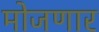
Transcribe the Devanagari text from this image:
मोजणार